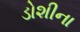
ડોશીના